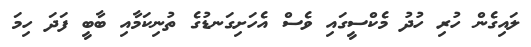
ލައިގެން ހުރި ހުދު މެކްސީގައި ވެސް އެހަށިގަނޑުގެ ތުނިކަމާއި ބާބީ ފަދަ ހިމަ